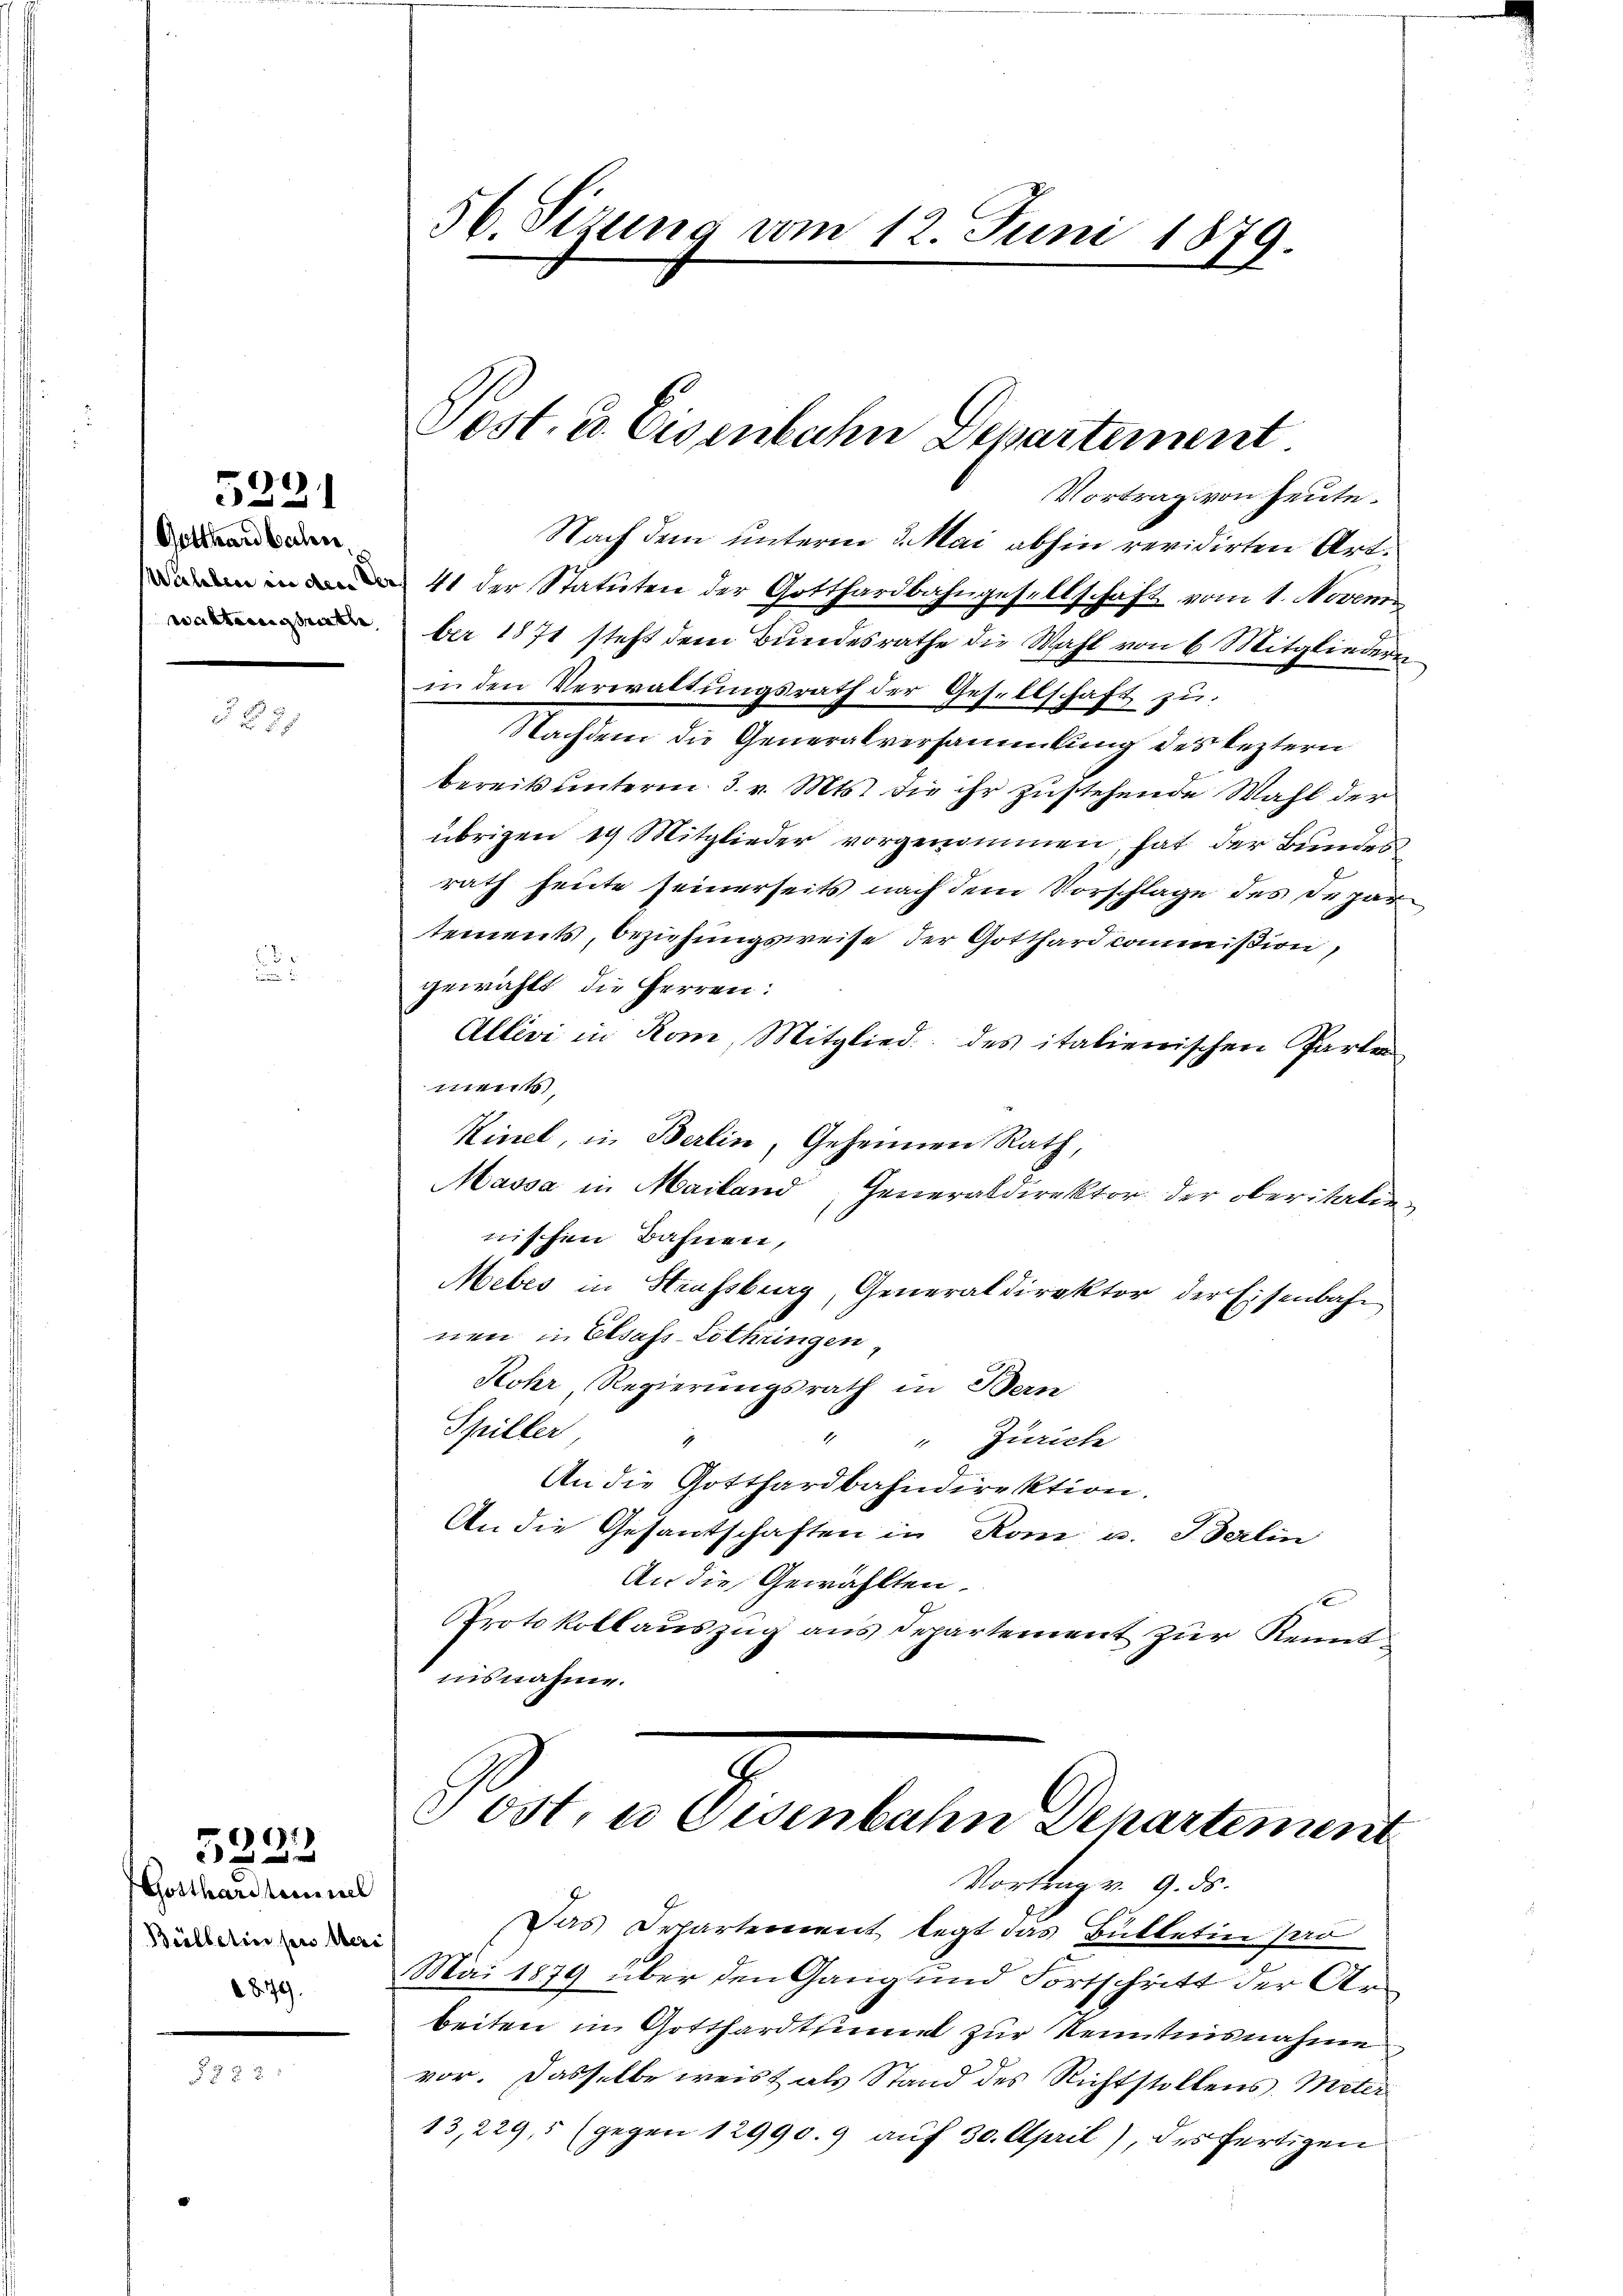
5221

Gotthardbahn,

2 x

5222

Gotthardleminel
Bülletin pro Meri
879.

Vortrag von heute.
Nach dem unterm 3. Mai abhin revidirten Art
41 der Statuten der Gotthardbahngesellschaft vom 1. Novem
ber 1871 steht dem Bundesrathe die Wahl von 6 Mitgliedern
in den Verwaltungsrath der Gesellschaft zu
Nachdem die Generalversammlung des leztern
bereits unterm 3. v. Mts. die ihr zustehende Wahl der
übrigen 19 Mitglieder vorgenommen, hat der Bunden
rath heute seinerseits nach dem Vorschlage des Depar
tements, Beziehungsweise der Gotthardcommißion,
gewählt die Herren:
Allévi in Rom, Mitglied des italienischen Parten
ment
Kinel, in Berlin, Geheimen Rath,
Massa in Mailand, Generaldirektor der oberitalie
nischen Bahnen,
Mebes in Strassburg, Generaldirektor der Eisenbahn
nen in Elsass-Lothringen,
Kohr, Regierungsrath in Bern
Spiller
" Zürich
An die Gotthardbahndirektion.
An die Gesantschaften in Rom u. Berlin
An die Gewählten.
x
Protokollauszug aus Departement zur Kenntiisnahme.
J
Sost, u. Eisenbahn Departement

56. Sizung vom 12. Juni 1879.

Vost. u. Eisenbahn Departement

Vortrag v. 9. ds.

Das Orlartement legt das Bütletin Par
Mai 1879 über den Gang und Fortschritt der Arbeiten in Gotthardtsinnt zur Kenntnisnahme
vor. Dasselbe weist als Stand des Richtstollens, Meter
13,229, 5 (gegen 12990. 9 auf 30. April), des fertigen